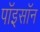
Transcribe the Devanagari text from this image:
पॉइसॉन